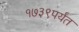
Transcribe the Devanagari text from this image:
१७३९पर्यंत